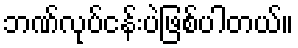
ဘဏ်လုပ်ငန်းပဲဖြစ်ပါတယ်။